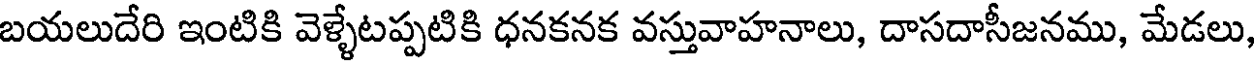
బయలుదేరి ఇంటికి వెళ్ళేటప్పటికి ధనకనక వస్తువాహనాలు, దాసదాసీజనము, మేడలు,